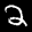
Label: 2